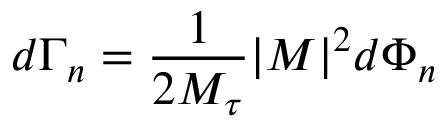
d \Gamma _ { n } = \frac { 1 } { 2 M _ { \tau } } | { \cal M } | ^ { 2 } d \Phi _ { n }